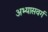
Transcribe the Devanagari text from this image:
अभ्यासवर्ग